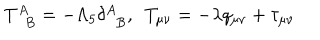
T _ { \phantom { A } B } ^ { A } = - \Lambda _ { 5 } \delta _ { \phantom { A } B } ^ { A } , ~ ~ T _ { \mu \nu } = - \lambda q _ { \mu \nu } + \tau _ { \mu \nu }